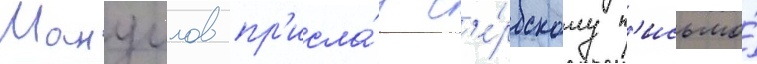
Мануилов пр'исла́л с'е́рбскому п'исьмо́